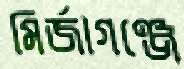
মির্জাগঞ্জে